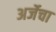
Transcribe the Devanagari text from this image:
अर्जेचा